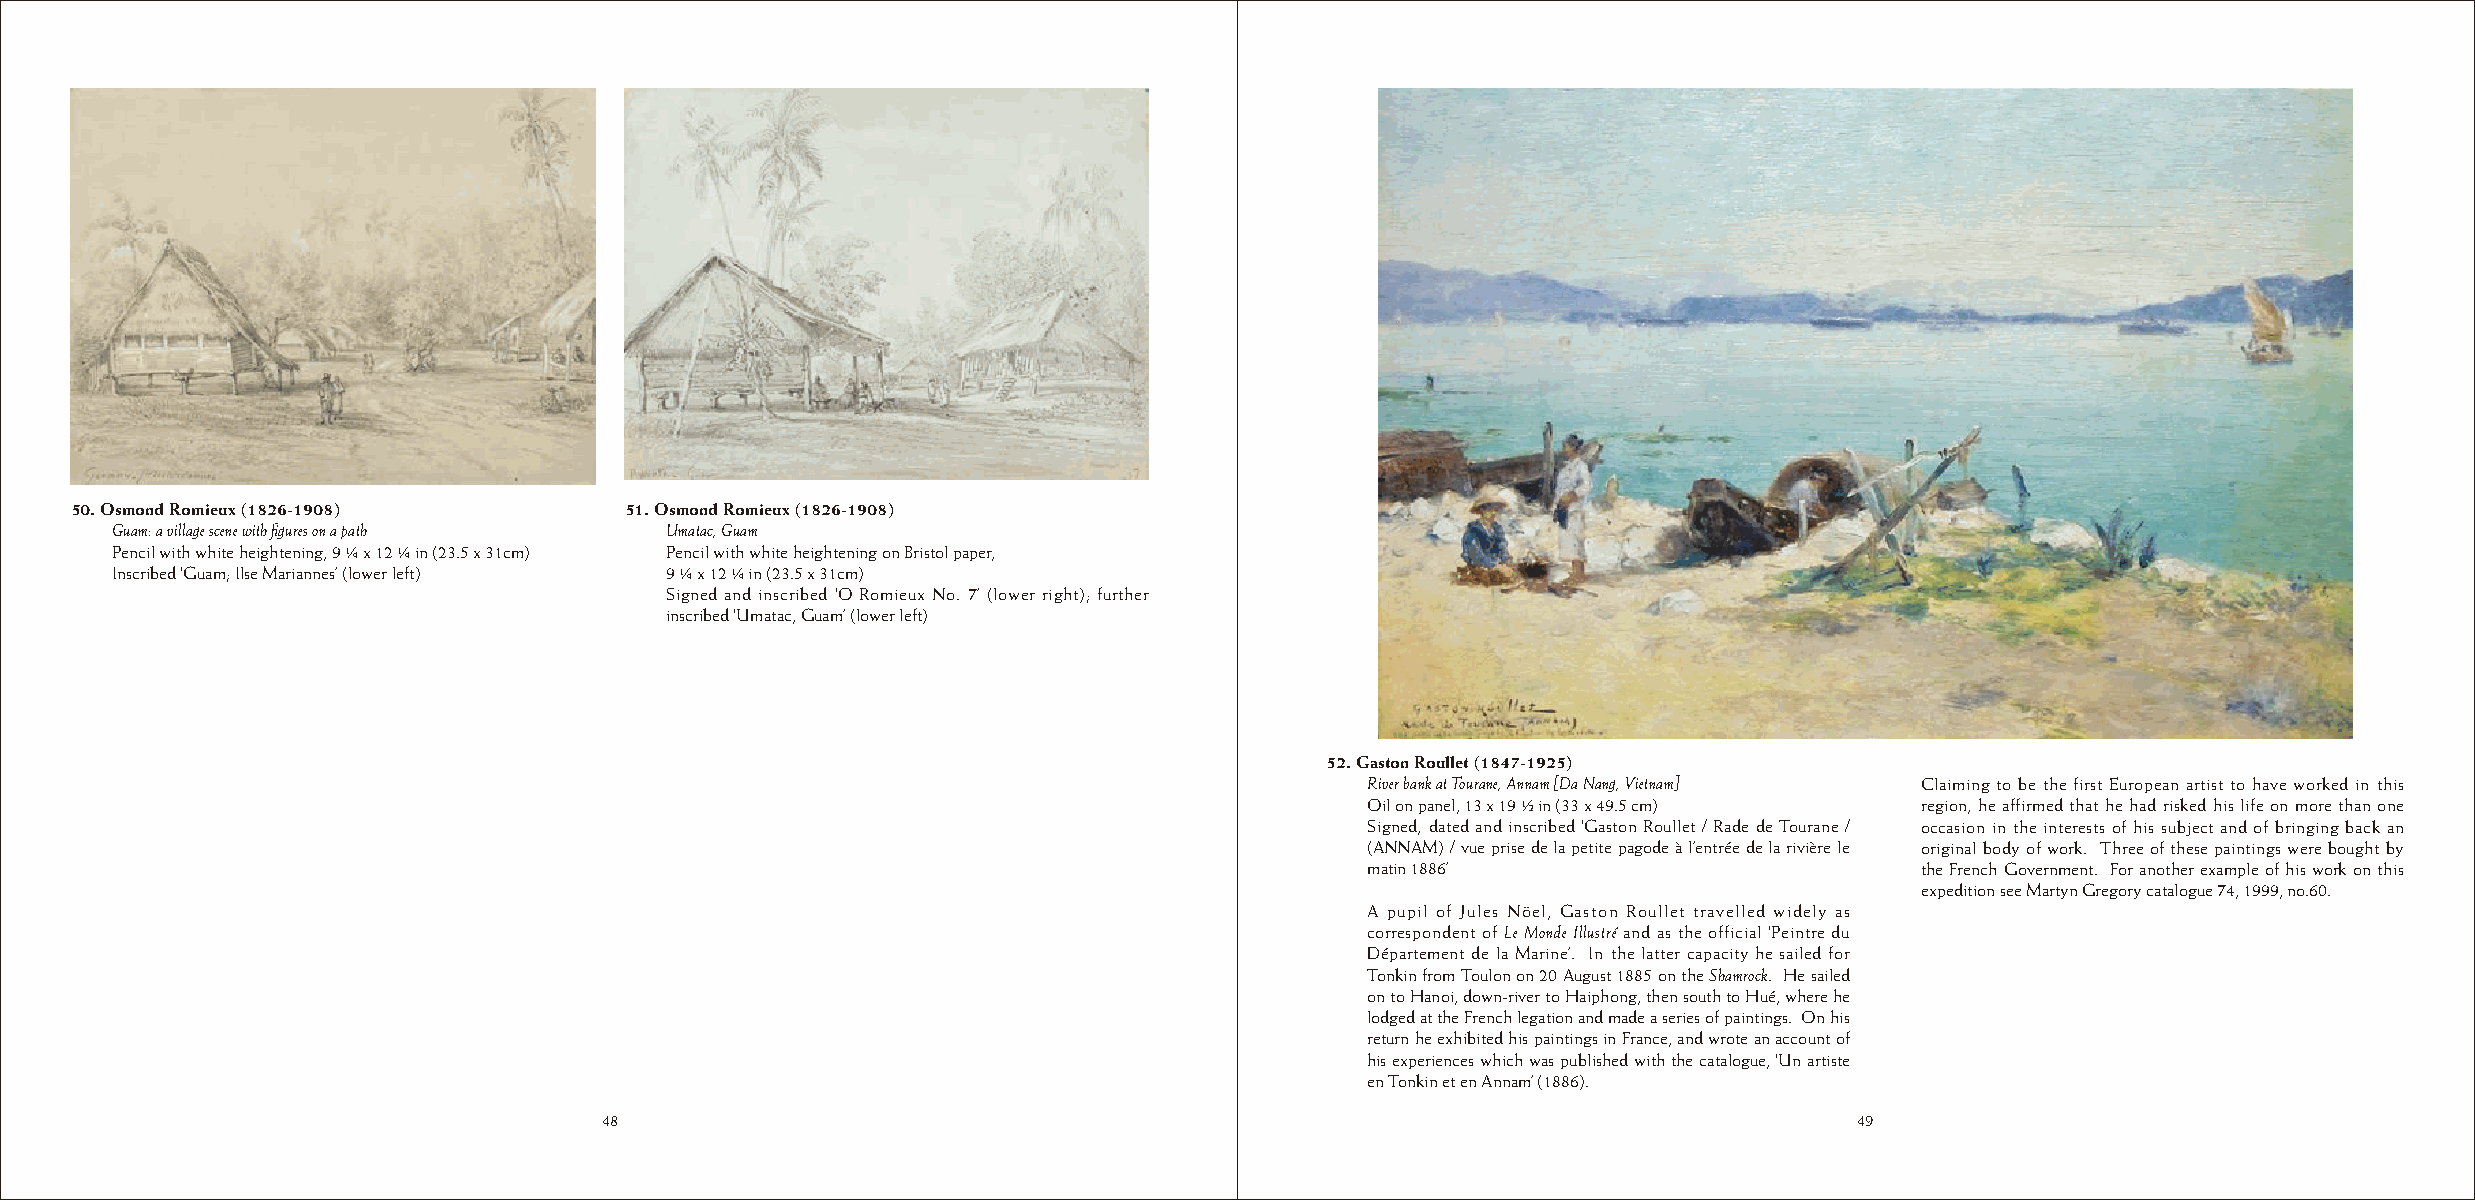
50. Osmond Romieux (1826-1908)      51. Osmond Romieux (1826-1908)
 Guam: a village scene with figures on a path Umatac, Guam
 Pencil with white heightening, 9 ¼ x 12 ¼ in (23.5 x 31cm) Pencil with white heightening on Bristol paper,
 Inscribed ‘Guam; Ilse Mariannes’ (lower left) 9 ¼ x 12 ¼ in (23.5 x 31cm)
 Signed and inscribed ‘O Romieux No. 7’ (lower right); further
 inscribed ‘Umatac, Guam’ (lower left)
 52. Gaston Roullet (1847-1925)
 River bank at Tourane, Annam [Da Nang, Vietnam] Claiming to be the first European artist to have worked in this
 Oil on panel, 13 x 19 ½ in (33 x 49.5 cm) region, he affirmed that he had risked his life on more than one
 Signed, dated and inscribed ‘Gaston Roullet / Rade de Tourane / occasion in the interests of his subject and of bringing back an
 (ANNAM) / vue prise de la petite pagode à l’entrée de la rivière le original body of work. Three of these paintings were bought by
 matin 1886’                         the French Government. For another example of his work on this
 expedition see Martyn Gregory catalogue 74, 1999, no.60.
 A pupil of Jules Nöel, Gaston Roullet travelled widely as
 correspondent of Le Monde Illustré and as the official ‘Peintre du
 Département de la Marine’. In the latter capacity he sailed for
 Tonkin from Toulon on 20 August 1885 on the Shamrock. He sailed
 on to Hanoi, down-river to Haiphong, then south to Hué, where he
 lodged at the French legation and made a series of paintings. On his
 return he exhibited his paintings in France, and wrote an account of
 his experiences which was published with the catalogue, ‘Un artiste
 en Tonkin et en Annam’ (1886).
 48                                                                                 49
 48                                                                                 49